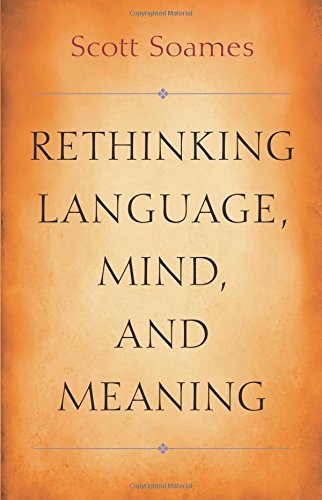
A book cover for Rethinking Language, Mind, and Meaning (Carl G. Hempel Lecture Series); Scott Soames; Politics & Social Sciences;